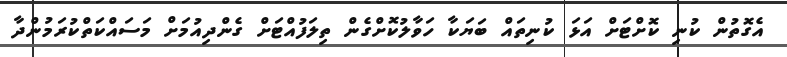
އެގޮތުން ކުނި ކޮށްޓަށް އަޅަ ކުނިތައް ބަޔަކާ ހަވާލުކޮށްގެން ތިލަފުއްޓަށް ގެންދިއުމަށް މަސައްކަތްކުރަމުންދާ